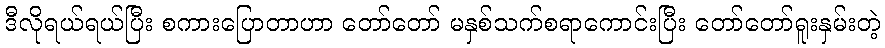
ဒီလိုရယ်ရယ်ပြီး စကားပြောတာဟာ တော်တော် မနှစ်သက်စရာကောင်းပြီး တော်တော်ရူးနှမ်းတဲ့